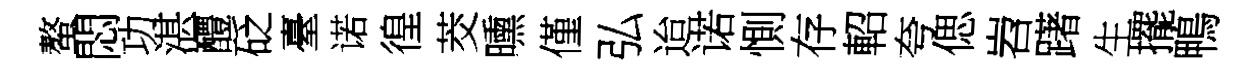
螯悶功湛醴砭臺诺徨茭曛僅弘迨诺惻存軺夸偲岧躇生擺鴨